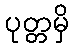
ပုတ္တမှိ